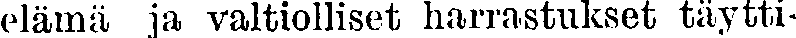
elämä ja valtiolliset harrastukset täytti-